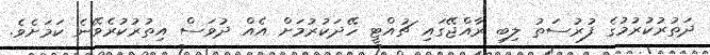
ދަތުރުކުރުމުގެ ފުރުސަތު ލިބި ރާއްޖޭގައި ޗުއްޓީ ހޭދަކުރުމަށް އެއް ދުވަސް އިތުރުކުރެވޭނެ ކަމަށެވެ.